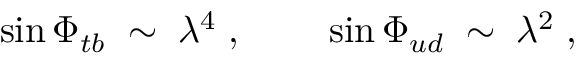
\sin \Phi _ { t b } \; \sim \; \lambda ^ { 4 } \; , \; \; \; \; \; \; \; \; \sin \Phi _ { u d } \; \sim \; \lambda ^ { 2 } \; ,